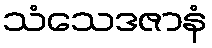
သံသေဒဇာနံ